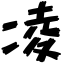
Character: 凌